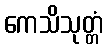
ကေသိသုတ္တံ